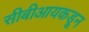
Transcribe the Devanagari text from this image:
सीबीआयकडून